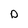
Character: D